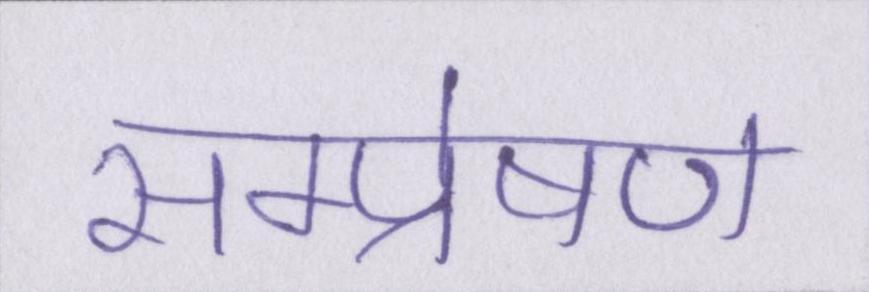
सम्प्रेषण